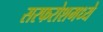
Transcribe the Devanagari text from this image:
सरफरोशमध्ये